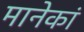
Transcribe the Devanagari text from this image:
मानेकां